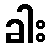
ခါး